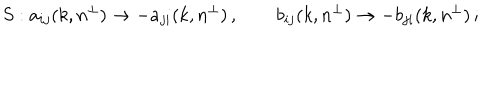
S : a _ { i j } ( k , n ^ { \perp } ) \rightarrow - a _ { j i } ( k , n ^ { \perp } ) \, , \qquad b _ { i j } ( k , n ^ { \perp } ) \rightarrow - b _ { j i } ( k , n ^ { \perp } ) \, ;